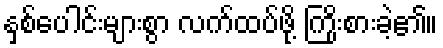
နှစ်ပေါင်းများစွာ လက်ထပ်ဖို့ ကြိုးစားခဲ့၏။